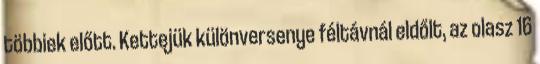
többiek előtt. Kettejük különversenye féltávnál eldőlt, az olasz 16